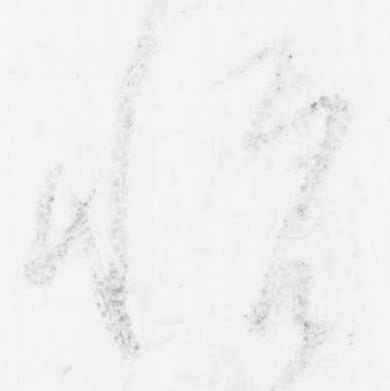
悦